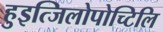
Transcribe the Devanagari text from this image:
हुइत्जिलोपोच्टिलि